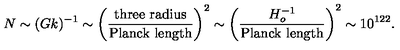
N \sim ( G k ) ^ { - 1 } \sim \left( { \frac { \mathrm { t h r e e \ r a d i u s } } { \mathrm { P l a n c k \ l e n g t h } } } \right) ^ { 2 } \sim \left( { \frac { H _ { o } ^ { - 1 } } { \mathrm { P l a n c k \ l e n g t h } } } \right) ^ { 2 } \sim 1 0 ^ { 1 2 2 } .